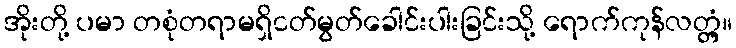
အိုးတို့ ပမာ တစုံတရာမရှိငတ်မွတ်ခေါင်းပါးခြင်းသို့ ရောက်ကုန်လတ္တံ့။